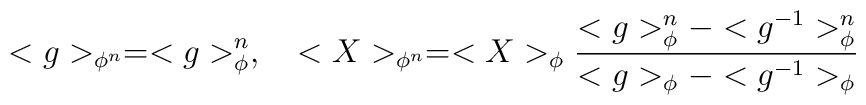
<g>_{\phi^n}=<g>_\phi^n,\quad<X>_{\phi^n}=<X>_\phi{<g>^n_\phi-<g^{-1}>^n_\phi\over <g>_\phi-<g^{-1}>_\phi}